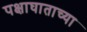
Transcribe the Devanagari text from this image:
पक्षाघाताच्या